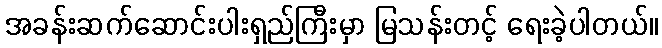
အခန်းဆက်ဆောင်းပါးရှည်ကြီးမှာ မြသန်းတင့် ရေးခဲ့ပါတယ်။